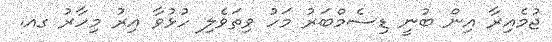
ޖުމެއިރާ އިން ބުނީ ޑިސެމްބަރު މަހު ވިތަވެލި ހުޅުވާ އިރު މިހާރު ގއ.